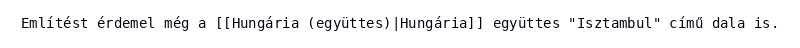
Említést érdemel még a [[Hungária (együttes)|Hungária]] együttes "Isztambul" című dala is.